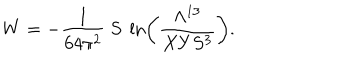
W = - { \frac { 1 } { 6 4 \pi ^ { 2 } } } \ S \ \ln \left( { \frac { \Lambda ^ { 1 3 } } { X Y S ^ { 3 } } } \right) .